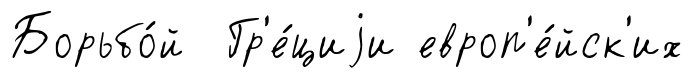
Борьбо́й Гр'е́циjи европ'е́йск'их